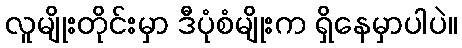
လူမျိုးတိုင်းမှာ ဒီပုံစံမျိုးက ရှိနေမှာပါပဲ။